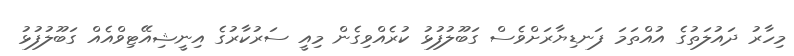
މިހާރު ދައުލަތުގެ އުއްތަމަ ފަނޑިޔާރަށްވެސް ގަބޫލުފުޅު ކުރެއްވިގެން މިއީ ސަރުކާރުގެ އިނީޝިއޭޓިވްއެއް ގަބޫލުފުޅު